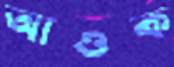
আওক